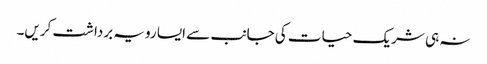
نہ ہی شریک حیات کی جانب سے ایسا رویہ برداشت کریں۔